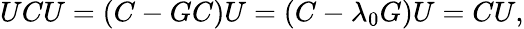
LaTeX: UCU=(C-GC)U=(C-\lambda_{0}G)U=CU,